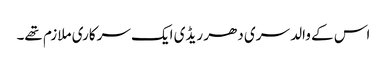
اس کے والد سری دھر ریڈی ایک سرکاری ملازم تھے۔